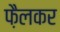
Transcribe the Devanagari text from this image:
फ़ैलकर